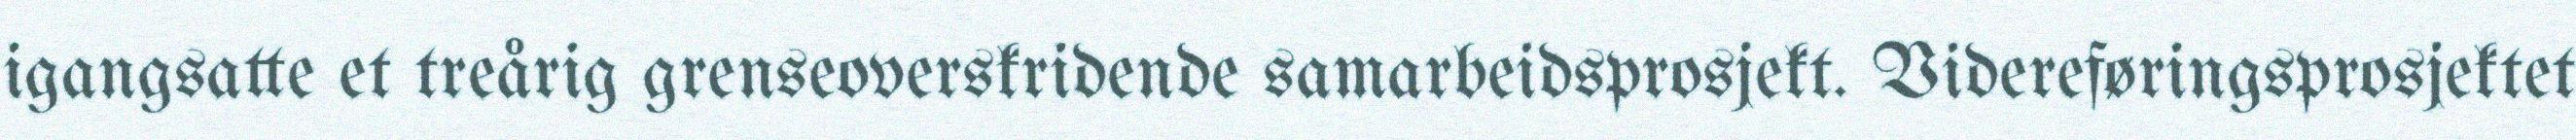
igangsatte et treårig grenseoverskridende samarbeidsprosjekt. Videreføringsprosjektet